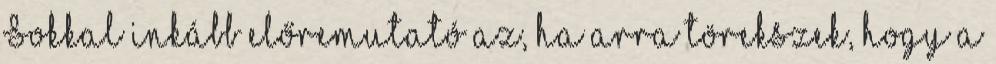
Sokkal inkább előremutató az, ha arra törekszek, hogy a